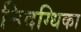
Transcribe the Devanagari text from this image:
निदग्धिका